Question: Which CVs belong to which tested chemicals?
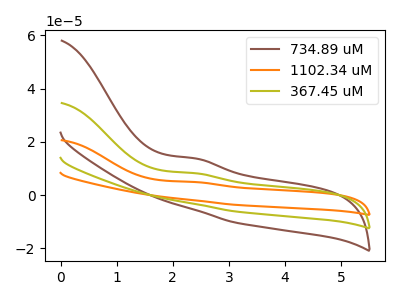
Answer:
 <answer>The brown curve is labeled "734.89 uM". The orange curve is labeled "1102.34 uM". The olive curve is labeled "367.45 uM".</answer>
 <eval></eval>